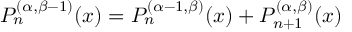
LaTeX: P _ { n } ^ { ( \alpha , \beta - 1 ) } ( x ) = P _ { n } ^ { ( \alpha - 1 , \beta ) } ( x ) + P _ { n + 1 } ^ { ( \alpha , \beta ) } ( x )